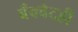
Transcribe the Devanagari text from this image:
बँक्वेटही